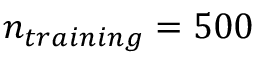
n _ { t r a i n i n g } = 5 0 0